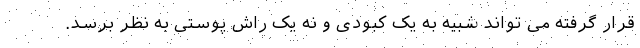
قرار گرفته می تواند شبیه به یک کبودی و نه یک راش پوستی به نظر برسد.